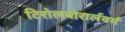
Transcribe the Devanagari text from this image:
टिरोलवोरार्लवर्ग